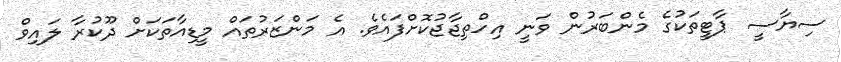
ސިޔާސީ ޕާޓީތަކުގެ މެންބަރުން ވަނީ އިހްތިޖާޖުކޮށްފައެވެ. އެ މަންޒަރުތައް މީޑިއާތަކަށް ދޫކުރާ ލައިވް